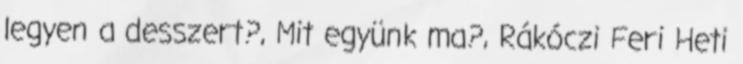
legyen a desszert?, Mit együnk ma?, Rákóczi Feri Heti